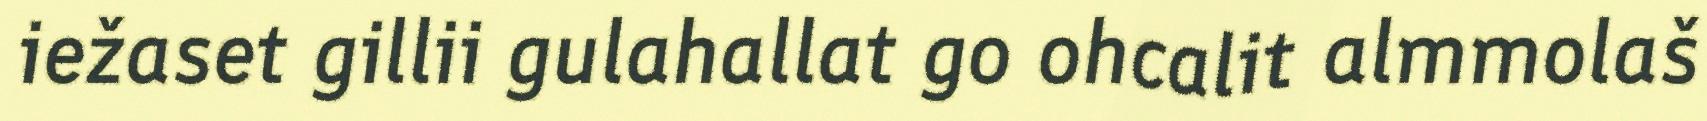
iežaset gillii gulahallat go ohcalit almmolaš